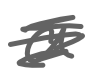
Text: a
Cross-out: scratch
Writing tool: digital_gray